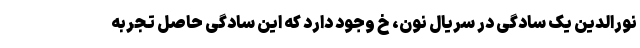
نورالدین یک سادگی در سریال نون، خ وجود دارد که این سادگی حاصل تجربه